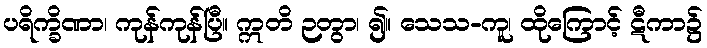
ပရိက္ခိဏာ၊ ကုန်ကုန်ပြီ။ ဣတိ ဉတွာ၊ ၍။ သေသ-ကူ၊ ထိုကြောင့် ဋီကာ၌